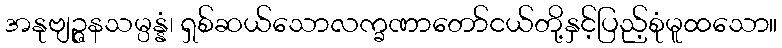
အနုဗျဉ္ဇနသမ္ပန္နံ၊ ရှစ်ဆယ်သောလက္ခဏာတော်ငယ်တို့နှင့်ပြည့်စုံမူထသော။